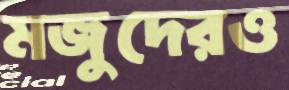
মজুদেরও